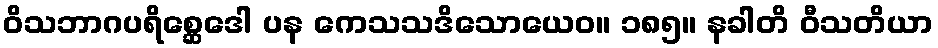
ဝိသဘာဂပရိစ္ဆေဒေါ ပန ကေသသဒိသောယေဝ။ ၁၈၅။ နခါတိ ဝီသတိယာ